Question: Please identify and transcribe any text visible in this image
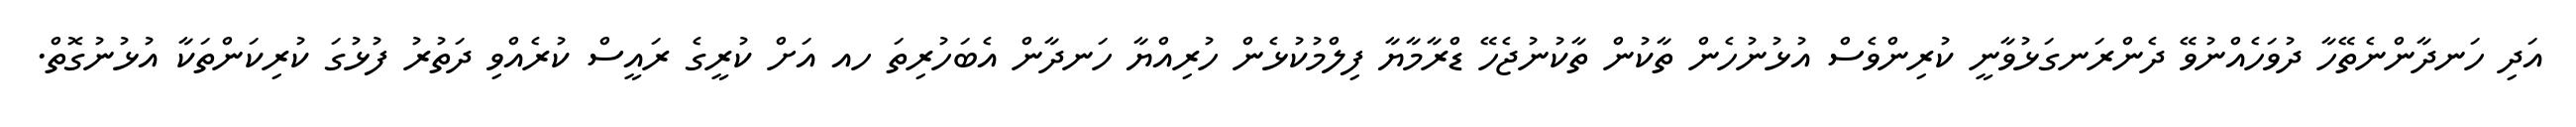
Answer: އަދި ހަނދާންނެތޭހާ ދުވަހެއްނުވޭ ދެންރަނގަޅުވާނީ ކުރިންވެސް އުޅުނުހެން ތާކުން ތާކުނުޖެހޭ ޑްރާމާޔާ ފިލްމުކުޅެން ހުރިއްޔާ ހަނދާން އެބަހުރިތަ ހއ އަށް ކުރީގެ ރައީސް ކުރެއްވި ދަތުރު ފުޅުގަ ކުރިކަންތަކާ އުޅުނުގޮތް.